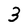
Character: 3